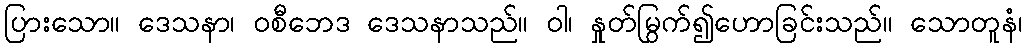
ပြားသော။ ဒေသနာ၊ ဝစီဘေဒ ဒေသနာသည်။ ဝါ၊ နှုတ်မြွက်၍ဟောခြင်းသည်။ သောတူနံ၊